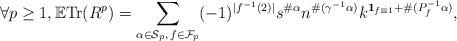
LaTeX: \begin{align*}\forall p \geq 1, \mathbb E \mathrm{Tr} (R^p) = \sum_{\alpha \in \mathcal S_p, \, f \in \mathcal F_p} (-1)^{|f^{-1}(2)|} s^{\#\alpha}n^{\#(\gamma^{-1}\alpha)}k^{{\bf 1}_{f \equiv 1} + \#(P_f^{-1}\alpha)},\end{align*}